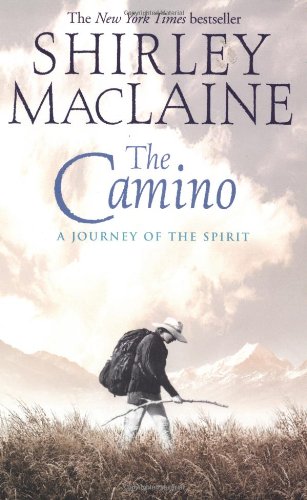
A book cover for The Camino: A Journey of the Spirit; Shirley MacLaine; Christian Books & Bibles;